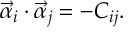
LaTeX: \vec { \alpha } _ { i } \cdot \vec { \alpha } _ { j } = - C _ { i j } .